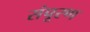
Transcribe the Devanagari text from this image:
संपूरण